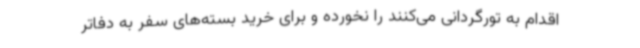
اقدام به تورگردانی می‌کنند را نخورده و برای خرید بسته‌های سفر به دفاتر